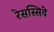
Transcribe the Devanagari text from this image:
रेसस्सिवे